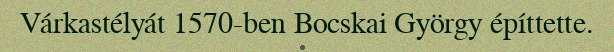
Várkastélyát 1570-ben Bocskai György építtette.